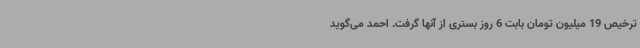
ترخیص 19 میلیون تومان بابت 6 روز بستری از آنها گرفت. احمد می‌گوید